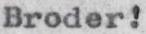
Broder!